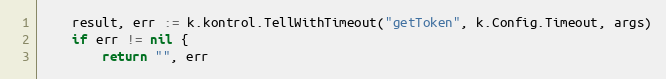
Language: Go
	result, err := k.kontrol.TellWithTimeout("getToken", k.Config.Timeout, args)
	if err != nil {
		return "", err